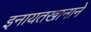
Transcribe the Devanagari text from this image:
इनायतखानाने